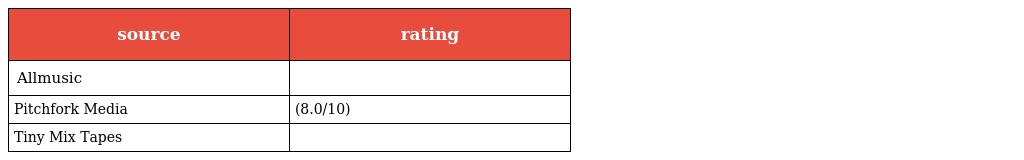
| source | rating |
 | --- | --- |
 | Allmusic |  |
 | Pitchfork Media | (8.0/10) |
 | Tiny Mix Tapes |  |